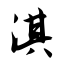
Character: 淇